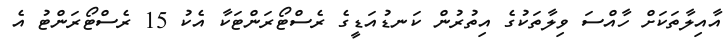
އާއިލާތަކަށް ހާއްސަ ވިލާތަކުގެ އިތުރުން ކަނޑުއަޑީގެ ރެސްޓޯރަންޓަކާ އެކު 15 ރެސްޓޯރަންޓު އެ